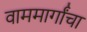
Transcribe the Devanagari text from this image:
वाममार्गांचा